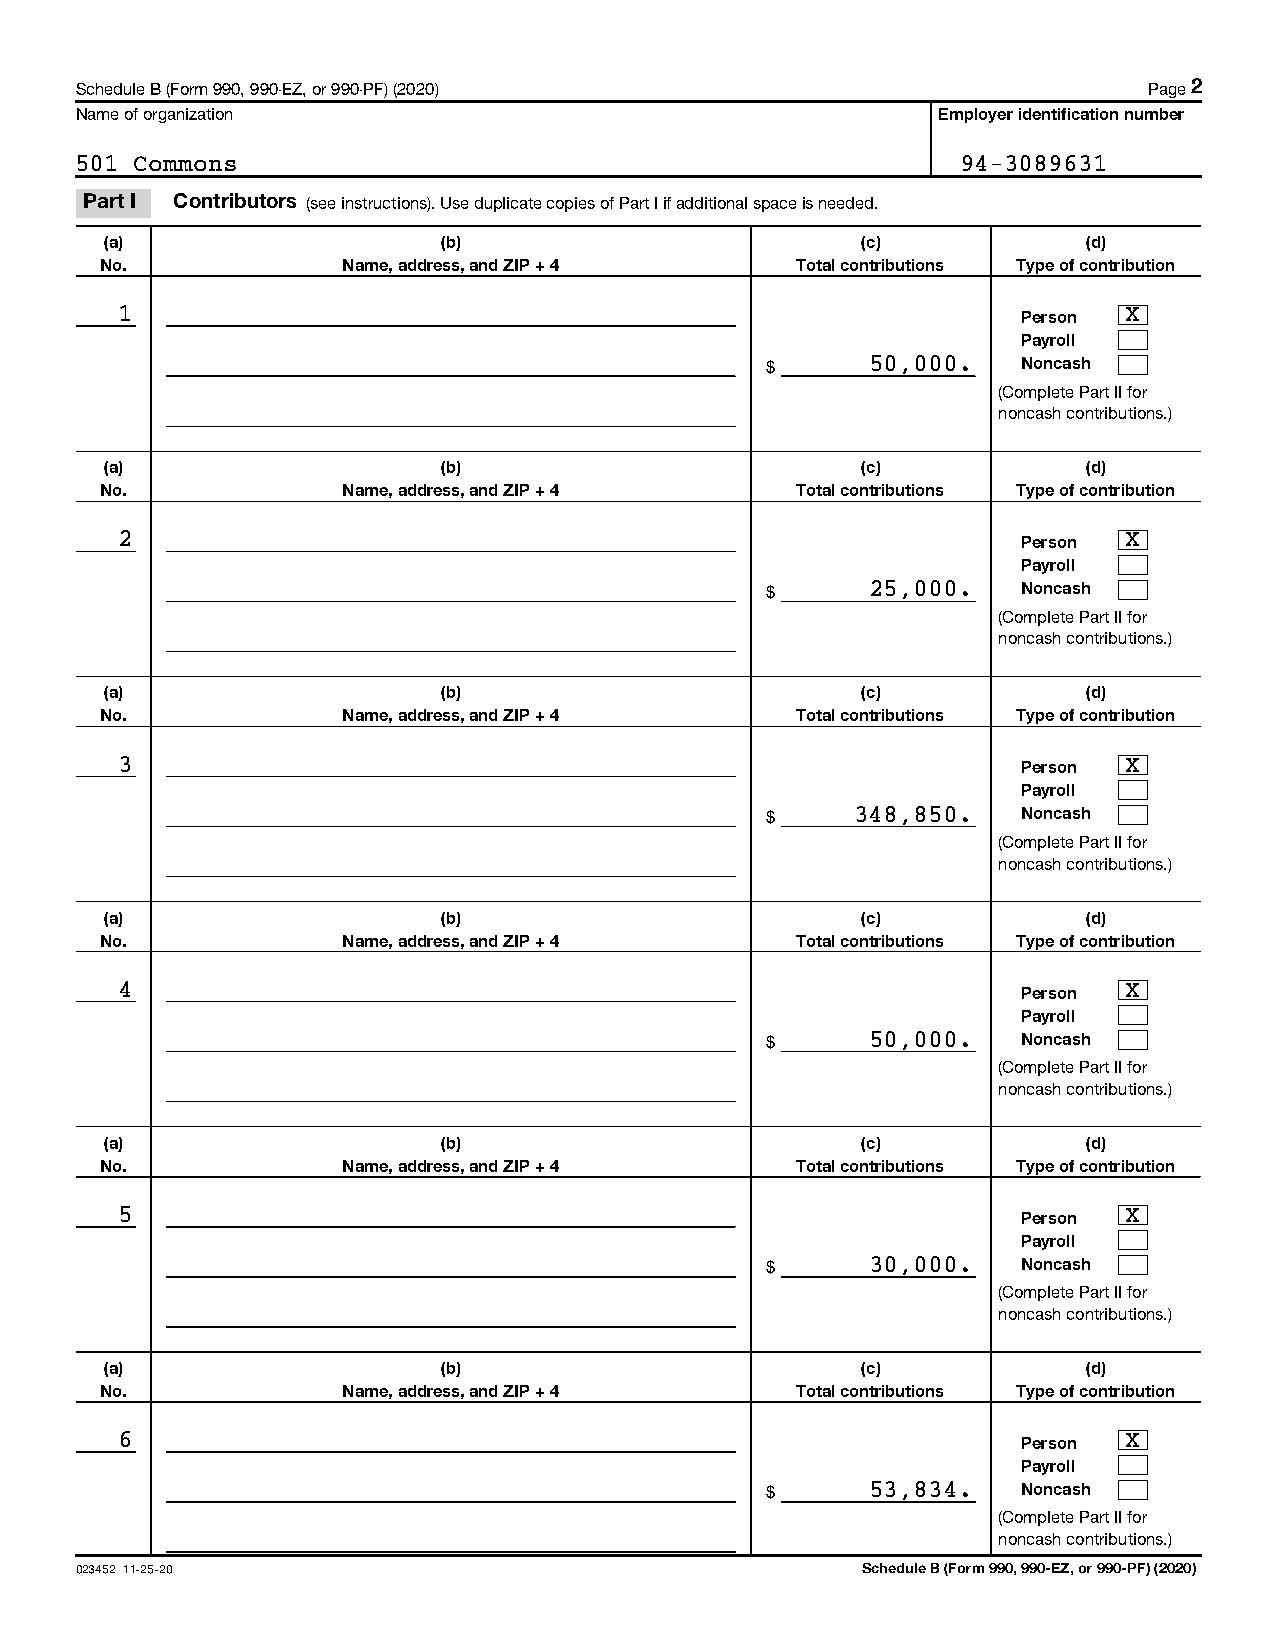
Schedule B (Form 990, 990-EZ, or 990-PF) (2020)                        Page 2
 Name of organization                                     Employer identification number
 501 Commons                                                94-3089631
 Part I Contributors (see instructions). Use duplicate copies of Part I if additional space is needed.
 (a)                   (b)                         (c)            (d)
 No.             Name, address, and ZIP + 4    Total contributions Type of contribution
 1                                                           Person X
 Payroll
 $      50,000.   Noncash
 (Complete Part II for
 noncash contributions.)
 (a)                   (b)                         (c)            (d)
 No.             Name, address, and ZIP + 4    Total contributions Type of contribution
 2                                                           Person X
 Payroll
 $      25,000.   Noncash
 (Complete Part II for
 noncash contributions.)
 (a)                   (b)                         (c)            (d)
 No.             Name, address, and ZIP + 4    Total contributions Type of contribution
 3                                                           Person X
 Payroll
 $     348,850.   Noncash
 (Complete Part II for
 noncash contributions.)
 (a)                   (b)                         (c)            (d)
 No.             Name, address, and ZIP + 4    Total contributions Type of contribution
 4                                                           Person X
 Payroll
 $      50,000.   Noncash
 (Complete Part II for
 noncash contributions.)
 (a)                   (b)                         (c)            (d)
 No.             Name, address, and ZIP + 4    Total contributions Type of contribution
 5                                                           Person X
 Payroll
 $      30,000.   Noncash
 (Complete Part II for
 noncash contributions.)
 (a)                   (b)                         (c)            (d)
 No.             Name, address, and ZIP + 4    Total contributions Type of contribution
 6                                                           Person X
 Payroll
 $      53,834.   Noncash
 (Complete Part II for
 noncash contributions.)
 023452 11-25-20                                     Schedule B (Form 990, 990-EZ, or 990-PF) (2020)